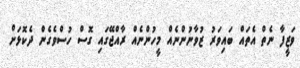
ވަޒީފާ ނެތް އެތައް ބައިވަރު ޒުވާނުންނެއް މީހުންނެއް ރާއްޖޭގައި ގޮސް ހުސްވެގެން ދެކޮޅަށް